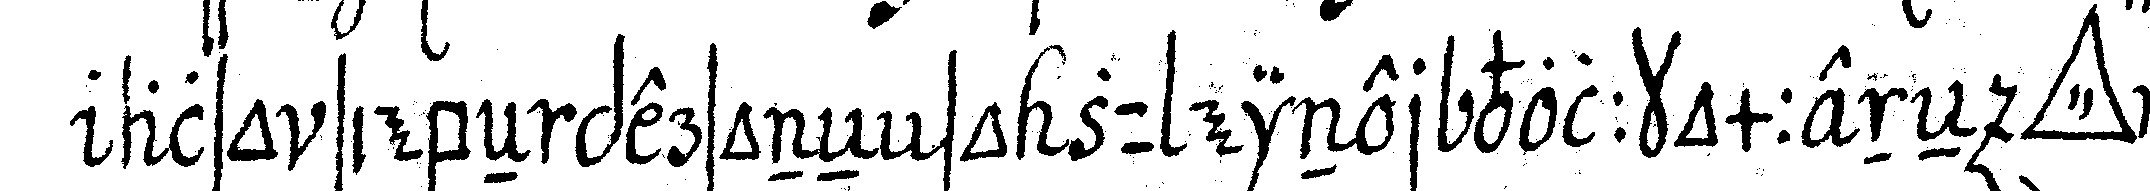
also siebeN personeN so zu einer vollkommeneN *tri..*